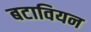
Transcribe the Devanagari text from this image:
बटावियन